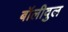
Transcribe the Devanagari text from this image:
बॉलीवुल